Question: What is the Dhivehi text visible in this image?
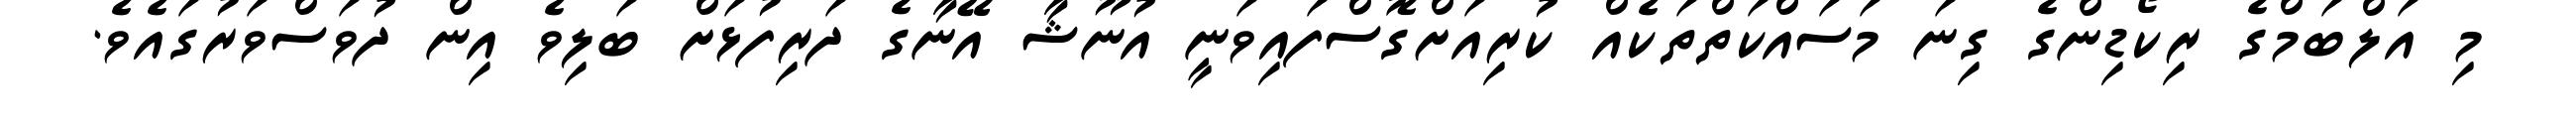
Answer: މި އަލްބަމްގެ ރިކޯޑިންގެ ގިނަ މަސައްކަތްތަކެއް ކުރިއަށްގޮސްފައިވަނީ އުނޫޝާ އޭނާގެ ދަރިފުޅަށް ބަލިވެ އިން ދުވަސްވަރުގައެވެ.